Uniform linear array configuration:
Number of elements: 64
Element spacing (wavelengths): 1
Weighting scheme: kaiser
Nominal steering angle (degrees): -30
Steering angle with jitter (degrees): -30.562
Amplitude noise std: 0.05
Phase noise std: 0.05

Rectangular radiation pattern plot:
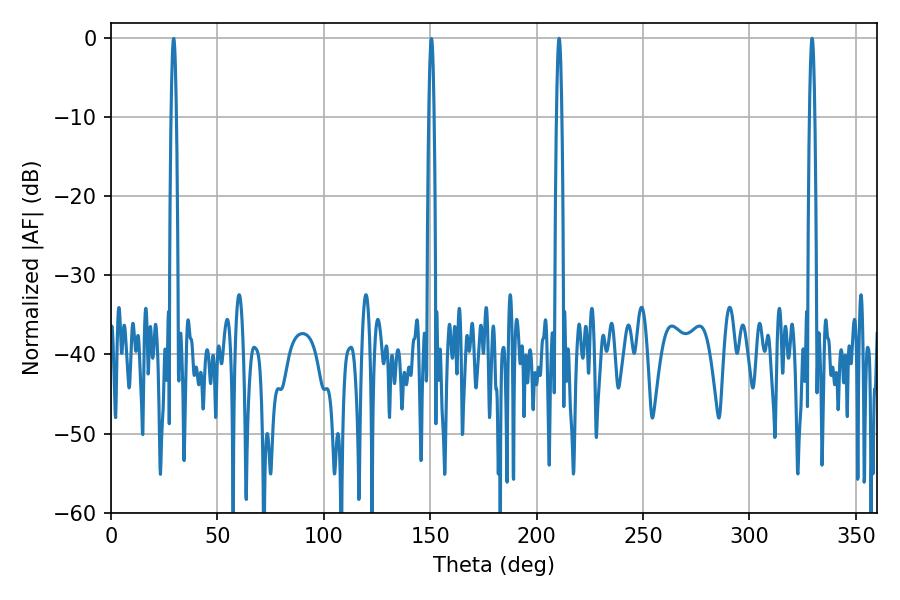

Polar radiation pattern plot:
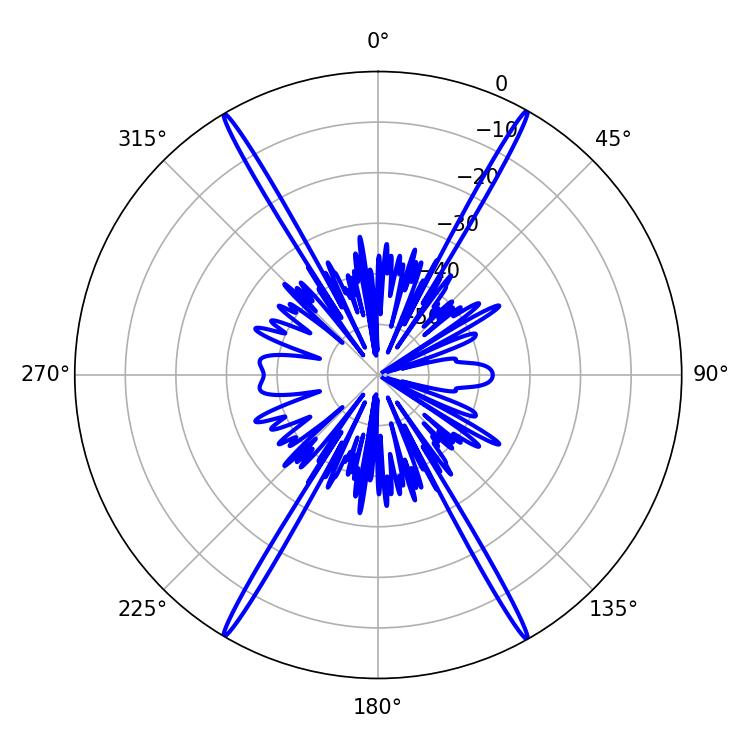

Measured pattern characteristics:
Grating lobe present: TRUE
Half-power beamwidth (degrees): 1.26
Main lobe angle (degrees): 210.6